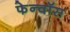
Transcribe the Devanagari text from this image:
फेन्‍वॉस